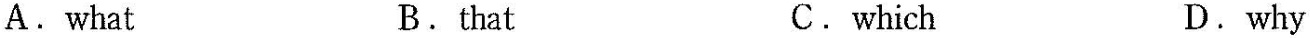
A. what B. that C. which D. why